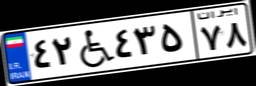
۵۹W۳۴۹۸۶